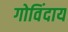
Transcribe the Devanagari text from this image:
गोविंदाय